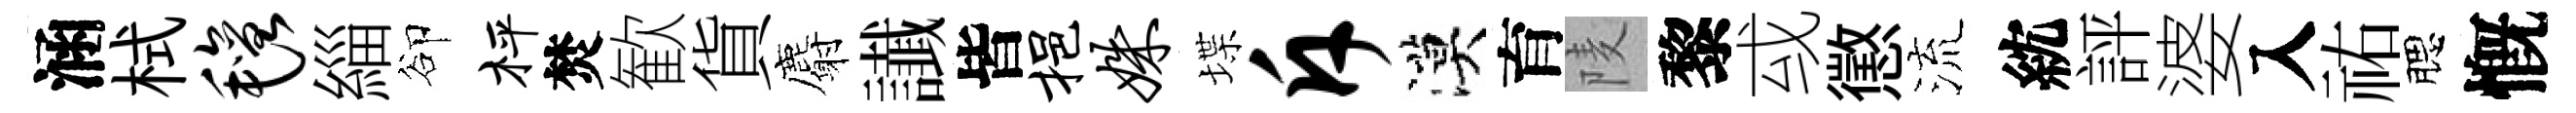
涵栻毡緇卻枰焚歓貨麝䜟皆挹姝堞斥漠育𨹧黎㦯懲流紞評婆入祐腮慨